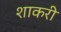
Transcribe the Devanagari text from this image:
शाकरी